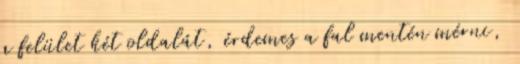
a felület két oldalát, érdemes a fal mentén mérni,